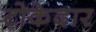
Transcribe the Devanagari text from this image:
टोकेदार